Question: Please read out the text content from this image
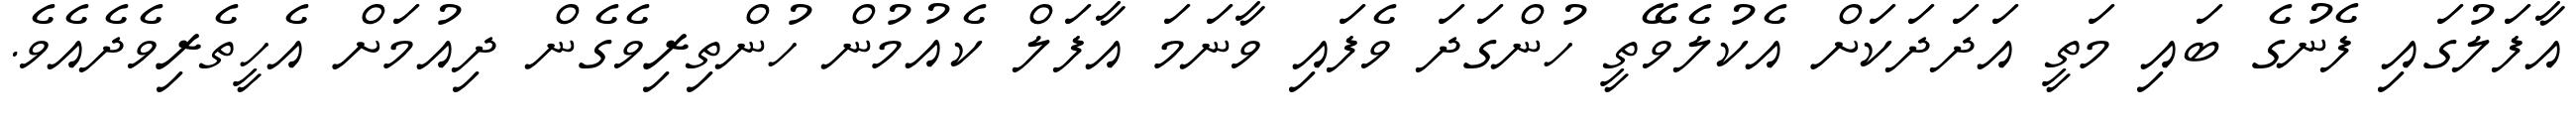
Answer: އާފަލުގައި ފެނުގެ ބައި މަތީ އަދަދަކަށް އެކުލެވޭތީ ހުންގަދަ ވެފައި ވާނަމަ އާފަލް ކެއުމުން ހުންތިރިވެގެން ދިއުމަށް އެހީތެރިވެދެއެވެ.